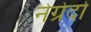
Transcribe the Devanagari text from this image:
नेग्रेदो